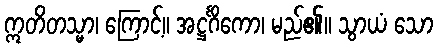
ဣတိတသ္မာ၊ ကြောင့်။ အဋ္ဌင်္ဂိကော၊ မည်၏။ သွာယံ သော